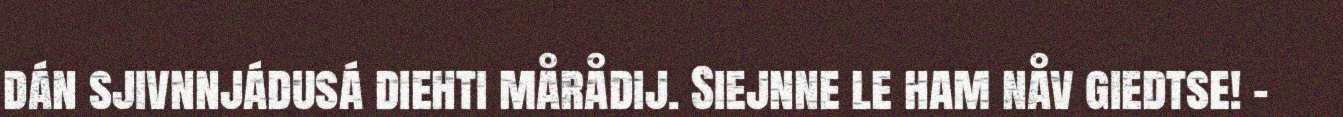
dán sjivnnjádusá diehti mårådij. Siejnne le ham nåv giedtse! –